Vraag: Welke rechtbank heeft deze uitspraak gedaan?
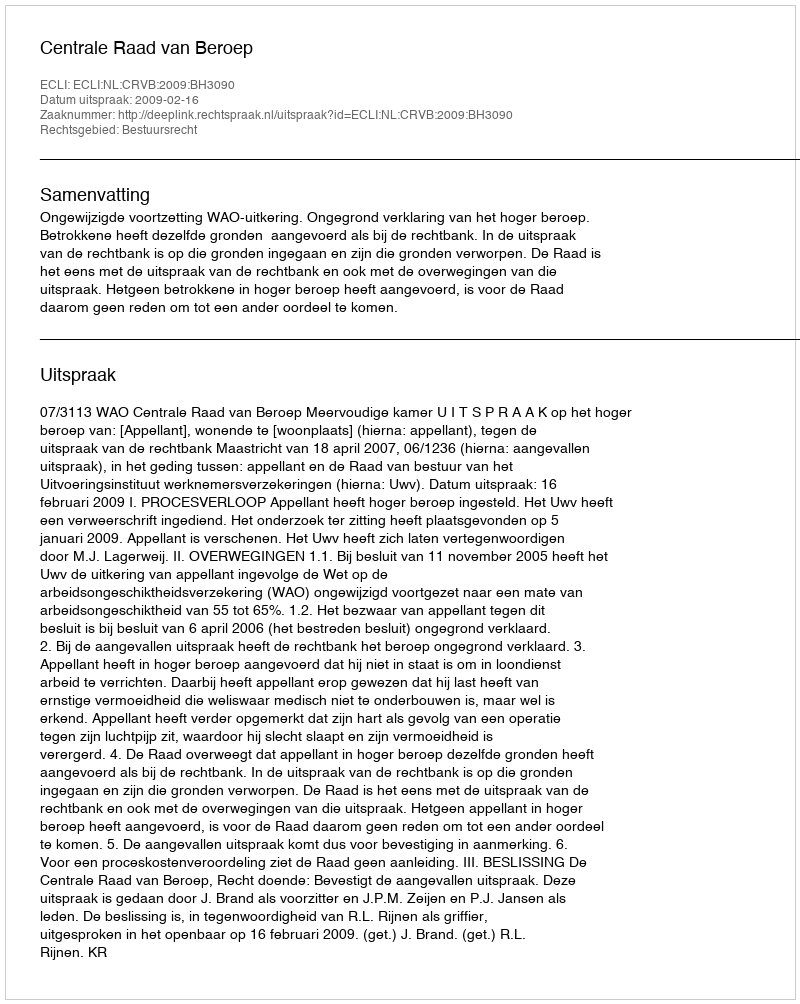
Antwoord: Centrale Raad van Beroep